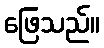
ဖြေသည်။